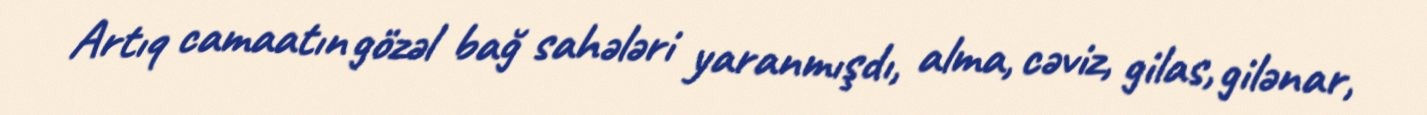
Artıq camaatın gözəl bağ sahələri yaranmışdı, alma, cəviz, gilas, gilənar,